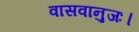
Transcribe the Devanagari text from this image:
वासवानुजः।